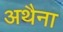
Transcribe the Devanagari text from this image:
अथैना